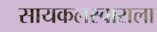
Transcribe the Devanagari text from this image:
सायकलस्वाराला